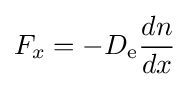
F_{x}=-D_{\text{e}}{\frac {dn}{dx}}